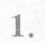
1.